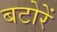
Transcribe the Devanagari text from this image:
बटोरें